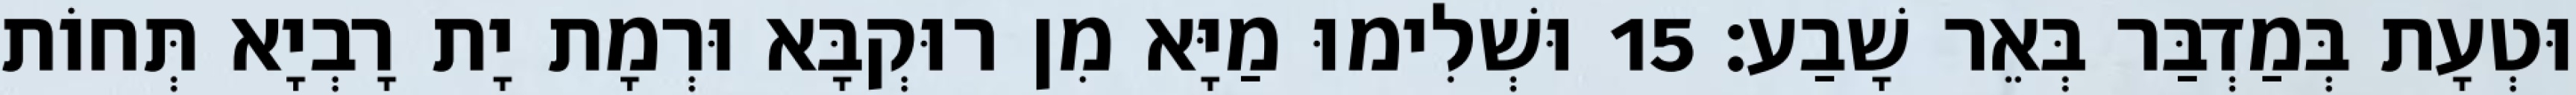
וּטְעָת בְּמַדְבַּר בְּאֵר שָׁבַע׃ 15 וּשְׁלִימוּ מַיָּא מִן רוּקְבָּא וּרְמָת יָת רָבְיָא תְּחוֹת